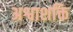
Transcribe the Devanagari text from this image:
अश्वाशक्ति